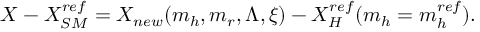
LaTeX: X - X _ { S M } ^ { r e f } = X _ { n e w } ( m _ { h } , m _ { r } , \Lambda , \xi ) - X _ { H } ^ { r e f } ( m _ { h } = m _ { h } ^ { r e f } ) .